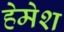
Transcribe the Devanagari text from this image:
हेमेश